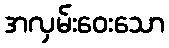
အလှမ်းဝေးသော